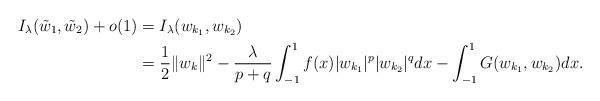
LaTeX: \begin{align*} I_\lambda(\tilde w_1, \tilde w_2)+ o(1) &= I_\lambda(w_{k_1},w_{k_2})\\&= \frac{1}{2}\|w_k\|^2-\frac{\lambda}{p+q}\int_{-1}^1f(x)|w_{k_1}|^p|w_{k_2}|^q dx- \int_{-1}^1 G (w_{k_1}, w_{k_2}) dx .\end{align*}